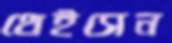
থেইসেন